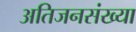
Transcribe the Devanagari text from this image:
अतिजनसंख्या